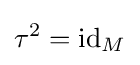
\tau ^{2}={\text{id}}_{M}